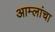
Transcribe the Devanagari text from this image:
आम्लांचा